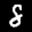
Label: 8